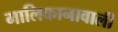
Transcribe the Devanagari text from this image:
मालिकानावाली